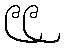
၉၉